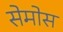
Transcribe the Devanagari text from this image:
सेमोस